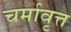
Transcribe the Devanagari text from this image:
चर्मावृत्त